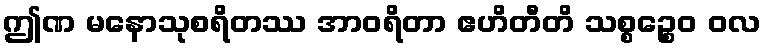
ဤဏ မနောသုစရိတဿ အာဝရိတာ ဧဟိတီတိ သစ္စဉ္စေဝ ဝလ